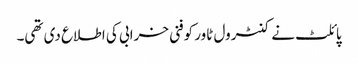
پائلٹ نے کنٹرول ٹاور کوفنی خرابی کی اطلاع دی تھی۔